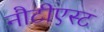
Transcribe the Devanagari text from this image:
नौटीएस्ट